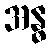
အန္ဓ